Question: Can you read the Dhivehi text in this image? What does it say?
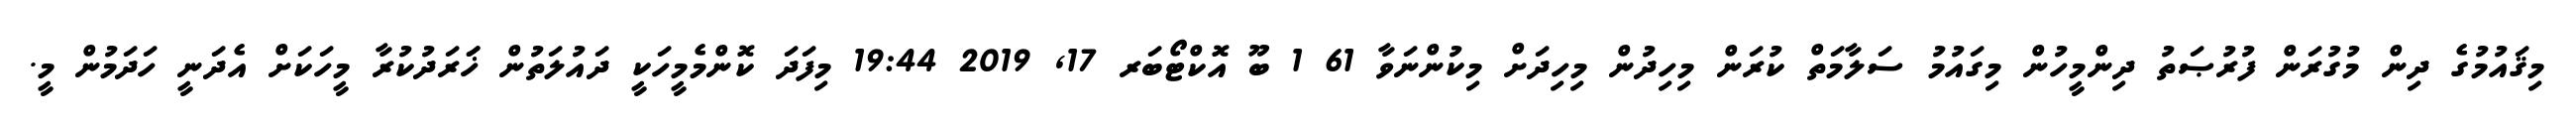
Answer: މިޤައުމުގެ ދިން މުގުރަން ފުރުޞަތު ދިންމީހުން މިގައުމު ސަލާމަތް ކުރަން މިހިދުން މިހިދަށް މިކުންނަވާ 61 1 ބޫ އޮކްޓޯބަރ 17, 2019 19:44 މިފަދަ ކޮންމެމީހަކީ ދައުލަތުން ޚަަރަދުކުރާ މީހަކަށް އެދަނީ ހަދަމުން މީ.